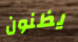
يظنون